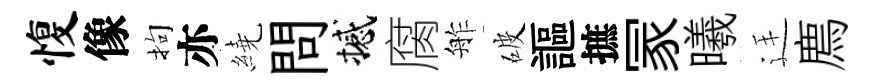
愎像拘亦繞問撼腐舴破謳摭冡曦廷廌